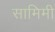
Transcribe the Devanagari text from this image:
सामिमी